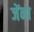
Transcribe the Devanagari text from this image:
जेंना